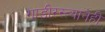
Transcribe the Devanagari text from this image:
गाडीरस्त्यानेही